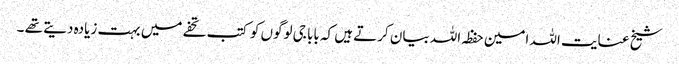
شیخ عنایت اللہ امین حفظہ اللہ بیان کرتے ہیں کہ بابا جی لوگوں کو کتب تحفے میں بہت زیادہ دیتے تھے ۔